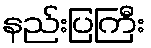
နည်းပြကြီး